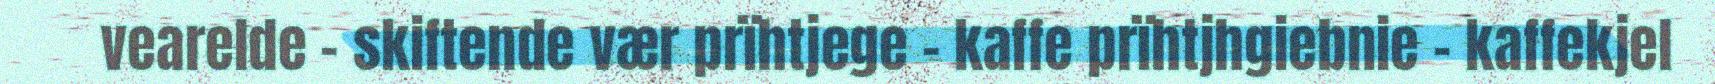
vearelde - skiftende vær prïhtjege – kaffe prïhtjhgiebnie - kaffekjel